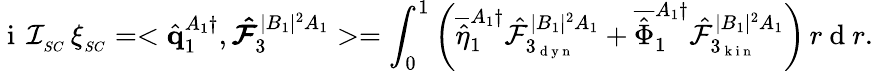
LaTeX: \mathrm{~i~}\, \mathcal{I}_{_{SC}}\, \xi_{_{SC}}=<\hat{\mathbf{q}}_{1}^{A_{1}\dagger},\boldsymbol{\hat{\mathcal{F}}}_{3}^{|B_{1}|^{2}A_{1}}>=\int_{0}^{1}\left(\overline{{\hat{\eta}}}_{1}^{A_{1}\dagger}\hat{\mathcal{F}}_{3_{\mathrm{~d~y~n~}}}^{|B_{1}|^{2}A_{1}}+\overline{{\hat{\Phi}}}_{1}^{A_{1}\dagger}\hat{\mathcal{F}}_{3_{\mathrm{~k~i~n~}}}^{|B_{1}|^{2}A_{1}}\right)\, r\mathrm{~d~}r.